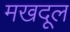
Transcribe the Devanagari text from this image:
मखदूल